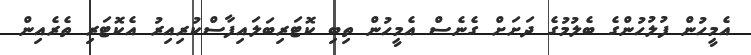
އެމީހުން ފުލުހުންގެ ބެލުމުގެ ދަށަށް ގެނެސް އެމީހުން ތިބި ކޮޓަރިބަލައިފާސްކުރިއިރު އެކޮޓަރި ތެރެއިން